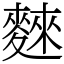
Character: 麳